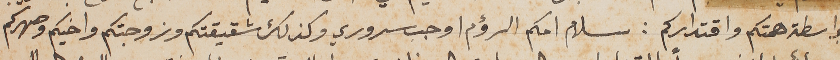
بواسطة همتكم واقتداركم: سلام امكم الرؤم اوجب سروري وكذلك شقيقتكم وزوجتكم واخيكم وصهركم